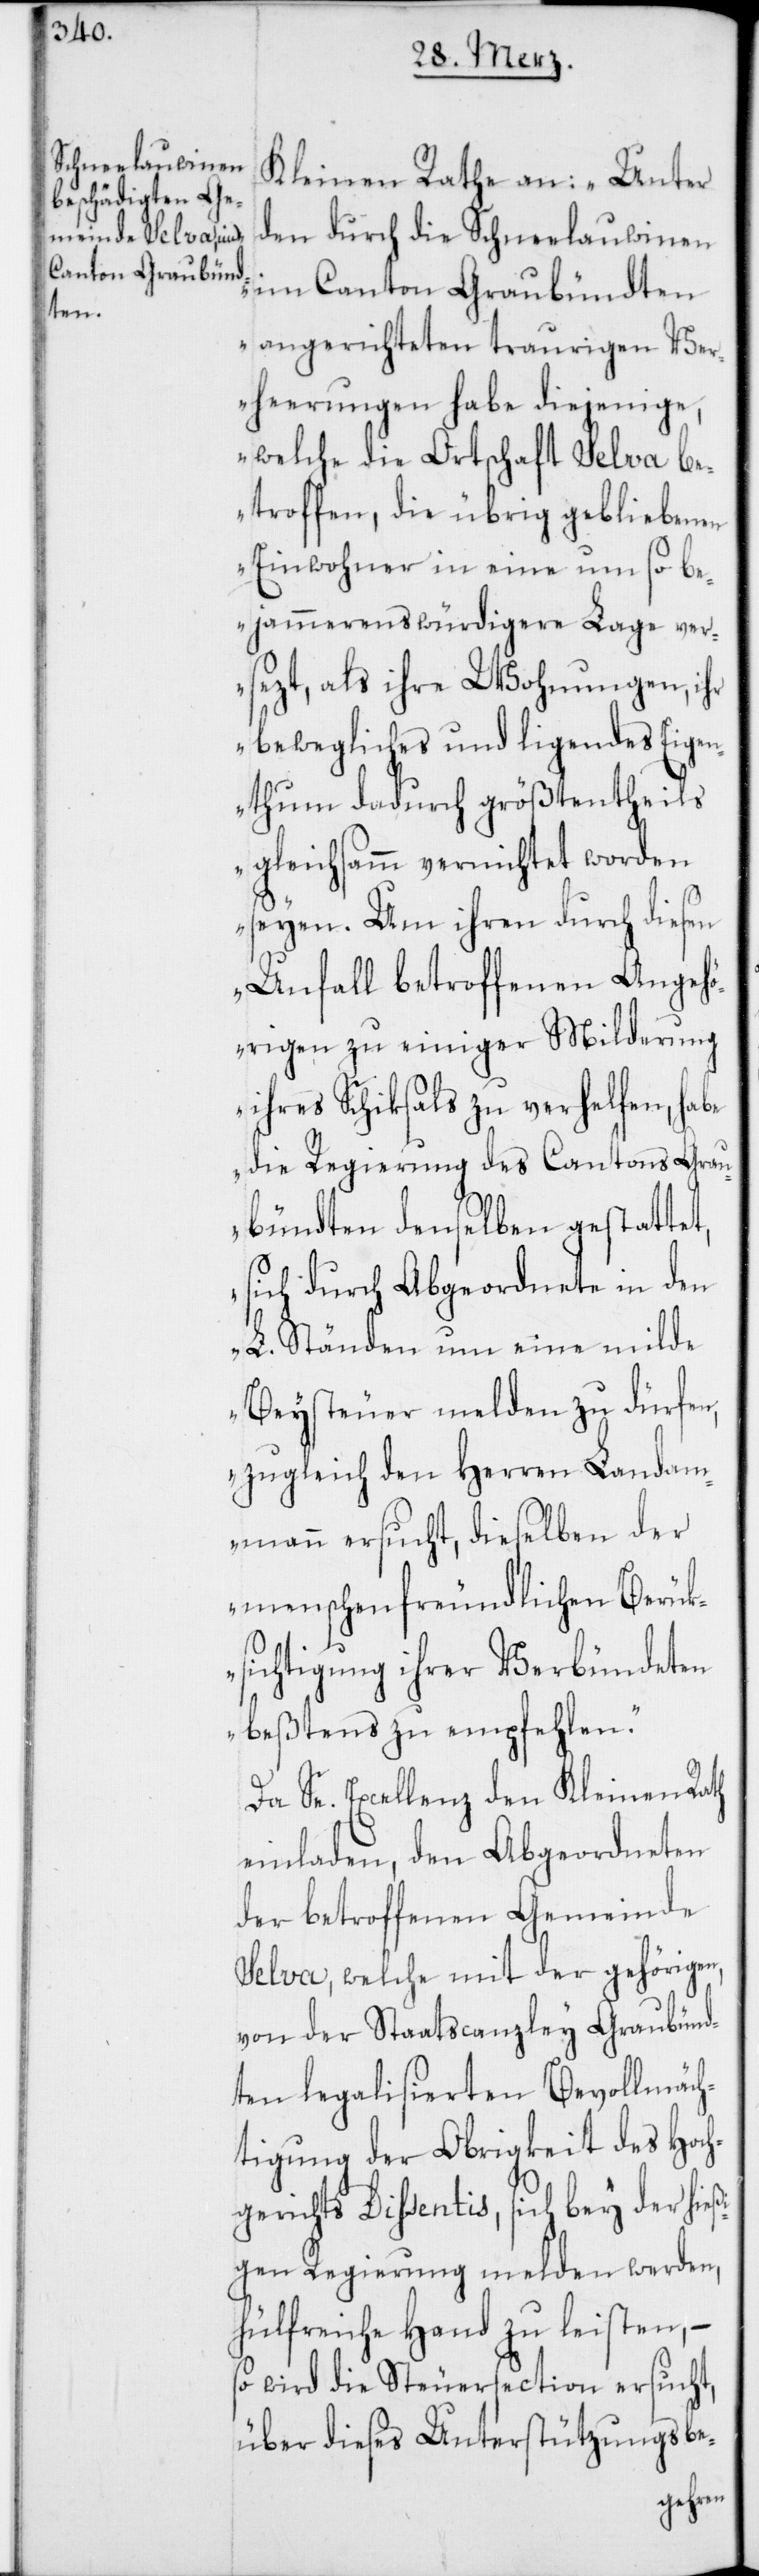
Kleinen Rathe an: „Unter
den durch die Schneelauwinen
im Canton Graubündten
angerichteten traurigen Ver¬
heerungen habe diejenige,
welche die Ortschaft Selva be¬
troffen, die übrig gebliebenen
Einwohner in eine um so be¬
jammernswürdigere Lage ver¬
sezt, als ihre Wohnungen, ihr
bewegliches und ligendes Eigen¬
thum dadurch größtentheils
gleichsamm vernichtet worden
seyen. Um ihren durch diesen
Unfall betroffenen Angehö¬
rigen zu einiger Milderung
ihres Schiksals zu verhelfen, habe
die Regierung des Cantons Grau¬
bündten denselben gestattet,
sich durch Abgeordnete in den
L. Ständen um eine milde
Beysteuer melden zu dürfen,
zugleich den Herren Landam¬
mann ersucht, dieselben der
menschenfreundlichen Berük¬
sichtigung ihrer Verbündeten
bestens zu empfehlen.“
Da Se. Excellenz den Kleinen Rath
einladen, den Abgeordneten
der betroffenen Gemeinde
Selva, welche mit der gehörigen,
von der Staatscanzley Graubünd¬
ten legalisierten Bevollmäch¬
tigung der Obrigkeit des Hoch¬
gerichts Dißentis, sich bey der hie¬
ßigen Regierung melden werden,
hülfreiche Hand zu leisten, –
so wird die Steuersection ersucht,
über dieses Unterstützungsbe-